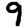
Digit: 9